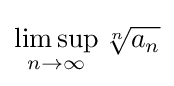
\limsup _{n\to \infty }{\sqrt[{n}]{a_{n}}}